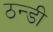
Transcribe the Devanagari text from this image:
ठन्डी